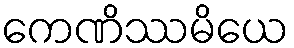
ကေဏိဿမိယေ